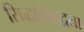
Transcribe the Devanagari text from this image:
सिद्धांतबद्धता